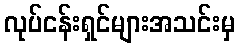
လုပ်ငန်းရှင်များအသင်းမှ